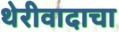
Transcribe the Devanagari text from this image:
थेरीवादाचा